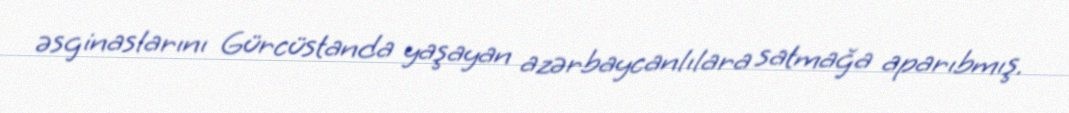
əsginaslarını Gürcüstanda yaşayan azərbaycanlılara satmağa aparıbmış.